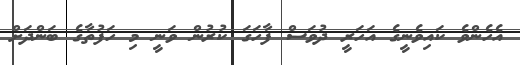
އެހެންވެ ކައިވެނީގެ އަހަރީ ދުވަސް ފާހަގަ ކުރުން ވަނީ މި ހަފުތާގެ ބަންދަށް